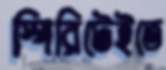
স্পিরিটেইতে